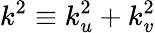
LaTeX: k^{2}\equiv k_{u}^{2}+k_{v}^{2}